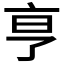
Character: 𬽉